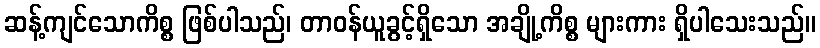
ဆန့်ကျင်သောကိစ္စ ဖြစ်ပါသည်၊ တာဝန်ယူခွင့်ရှိသော အချို့ကိစ္စ များကား ရှိပါသေးသည်။